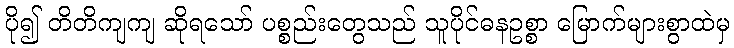
ပို၍ တိတိကျကျ ဆိုရသော် ပစ္စည်းတွေသည် သူပိုင်ဓနဥစ္စာ မြောက်များစွာထဲမှ